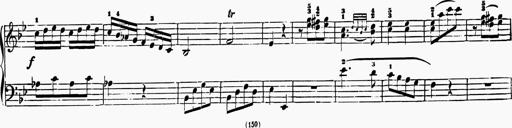
Title: 6 Sonatas
Composer: Muzio Clementi